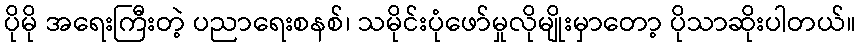
ပိုမို အရေးကြီးတဲ့ ပညာရေးစနစ်၊ သမိုင်းပုံဖော်မှုလိုမျိုးမှာတော့ ပိုသာဆိုးပါတယ်။